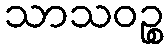
သာသဝဉ္စ